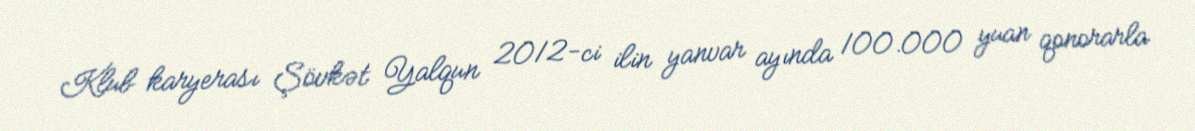
Klub karyerası Şövkət Yalqun 2012-ci ilin yanvar ayında 100.000 yuan qonorarla